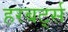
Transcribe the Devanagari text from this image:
हरबर्ट्स